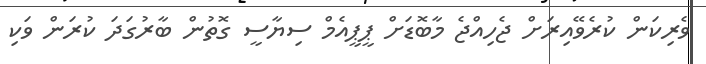
ވެރިކަން ކުރެވޭއިރަށް ޖެހިއްޖެ މާބޮޑަށް ޕީޕީއެމް ސިޔާސީ ގޮތުން ބާރުގަދަ ކުރަން ވަކި